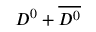
D ^ { 0 } + \overline { { D ^ { 0 } } }